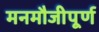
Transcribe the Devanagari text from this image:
मनमौजीपूर्ण